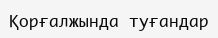
Қорғалжында туғандар